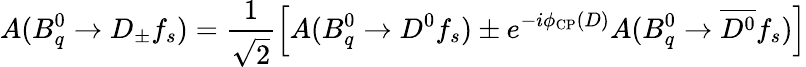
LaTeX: A(B_{q}^{0}\to D_{\pm}f_{s})=\frac{1}{\sqrt{2}}\left[A(B_{q}^{0}\to D^{0}f_{s})\pm e^{-i\phi_{\mathrm{CP}}(D)}A(B_{q}^{0}\to\overline{{{D^{0}}}}f_{s})\right]